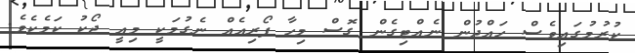
ކުރުމުގައިވެސް ހައްދުން ނެއްޓިގެން ގޮސް މިހާ ފޯރިއެއް ނެގުމަކީ މިއީ ޖޯކު ކަމެކެވެ.